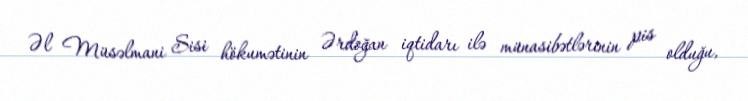
Əl Müsəlmani Sisi hökumətinin Ərdoğan iqtidarı ilə münasibətlərinin pis olduğu,